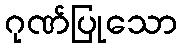
ဂုဏ်ပြုသော